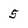
Character: 5